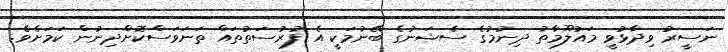
ނަސީރު ވިދާޅުވީ މައުލޫމާތު ދިނުމުގެ ސެޝަނުގެ ބޭނުމަކީ އެ ފުުރުސަތުތައް ތަނަވަސްކޮށްދިނުން ކަމަށެވެ.